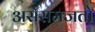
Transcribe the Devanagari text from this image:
असेसमजतो